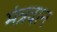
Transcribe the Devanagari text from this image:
मंत्रदान